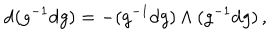
LaTeX: \mathrm { d } ( g ^ { - 1 } \mathrm { d } g ) = - ( g ^ { - 1 } \mathrm { d } g ) \wedge ( g ^ { - 1 } \mathrm { d } g ) \, ,